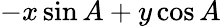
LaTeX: -x\sin A+y\cos A